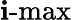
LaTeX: \mathbf{i}\textrm{{-max}}